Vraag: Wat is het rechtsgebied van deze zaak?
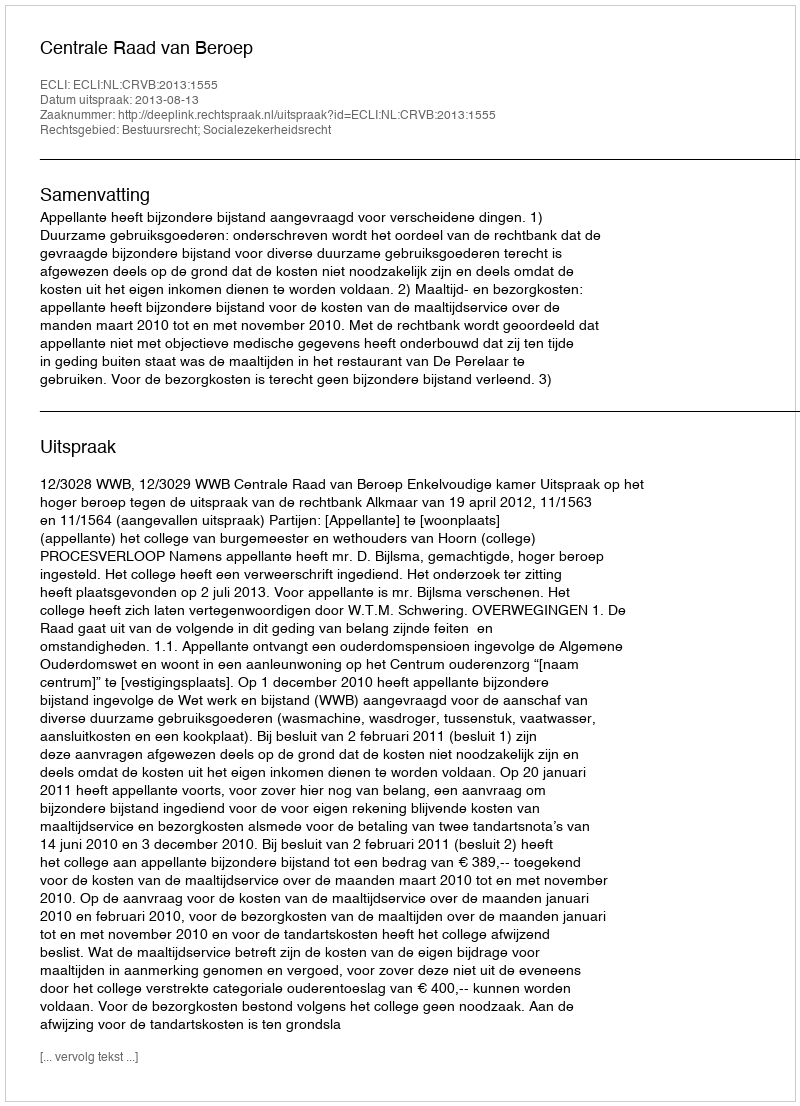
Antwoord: Bestuursrecht; Socialezekerheidsrecht